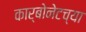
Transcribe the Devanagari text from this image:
कार्बोनेटच्या